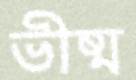
ভীষ্ম